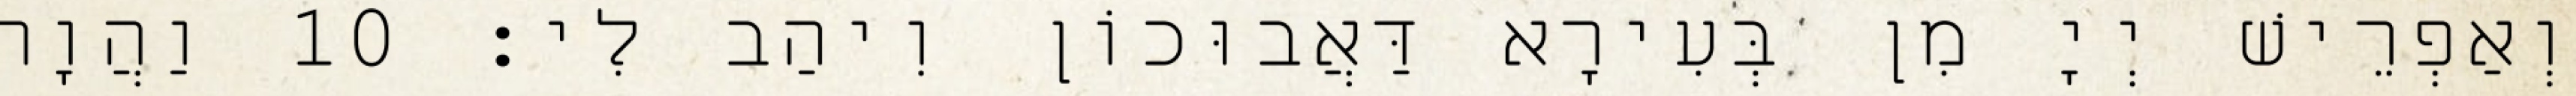
וְאַפְרֵישׁ יְיָ מִן בְּעִירָא דַּאֲבוּכוֹן וִיהַב לִי׃ 10 וַהֲוָה